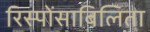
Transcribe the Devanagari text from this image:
रिस्पोंसाबिलिता